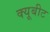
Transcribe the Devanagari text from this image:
क्यूबीट